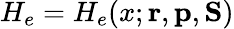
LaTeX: H_{e}=H_{e}(x;{\mathbf{r}},{\mathbf{p}},{\mathbf{S}})